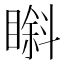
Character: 𱳇